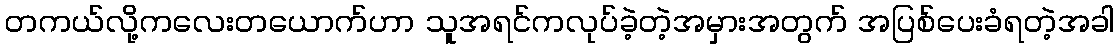
တကယ်လို့ကလေးတယောက်ဟာ သူအရင်ကလုပ်ခဲ့တဲ့အမှားအတွက် အပြစ်ပေးခံရတဲ့အခါ